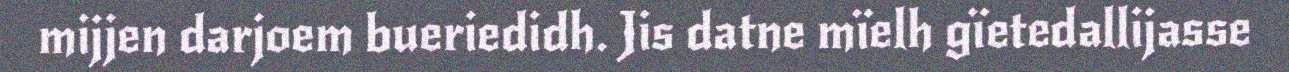
mijjen darjoem bueriedidh. Jis datne mïelh gïetedallijasse